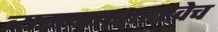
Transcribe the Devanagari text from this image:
व्यसनासारखेच